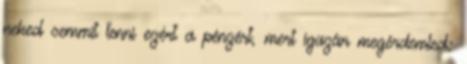
neked semmit tenni ezért a pénzért, mert igazán megérdemled: